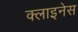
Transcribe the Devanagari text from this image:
क्लाइनेस